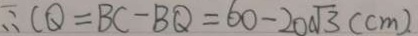
\therefore C Q = B C - B Q = 6 0 - 2 0 \sqrt { 3 } ( c m ) .